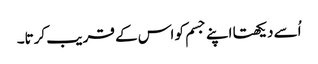
اُسے دیکھتا اپنے جسم کو اس کے قر یب کرتا۔